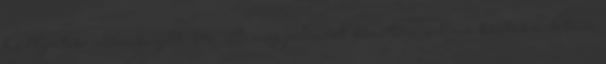
hallgatók véleményét. 146 A megjelenést követően számos kritika érte a